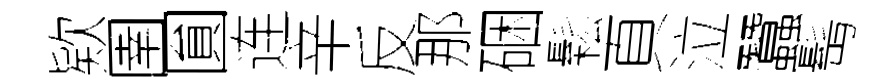
欵圉圎连辛反那硱鬆頁泣蠶髩